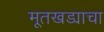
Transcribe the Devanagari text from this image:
मूतखड्याचा